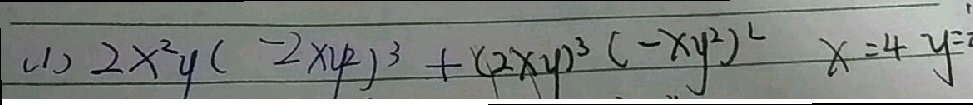
( 1 ) 2 x ^ { 2 } y ( - 2 x y ^ { 2 } ) ^ { 3 } + ( 2 x y ) ^ { 3 } ( - x y ^ { 2 } ) ^ { 2 } x = 4 y =